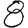
Digit: 8